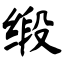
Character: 缎